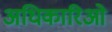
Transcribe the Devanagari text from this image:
अधिकारिओ